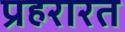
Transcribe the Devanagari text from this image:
प्रहरारत